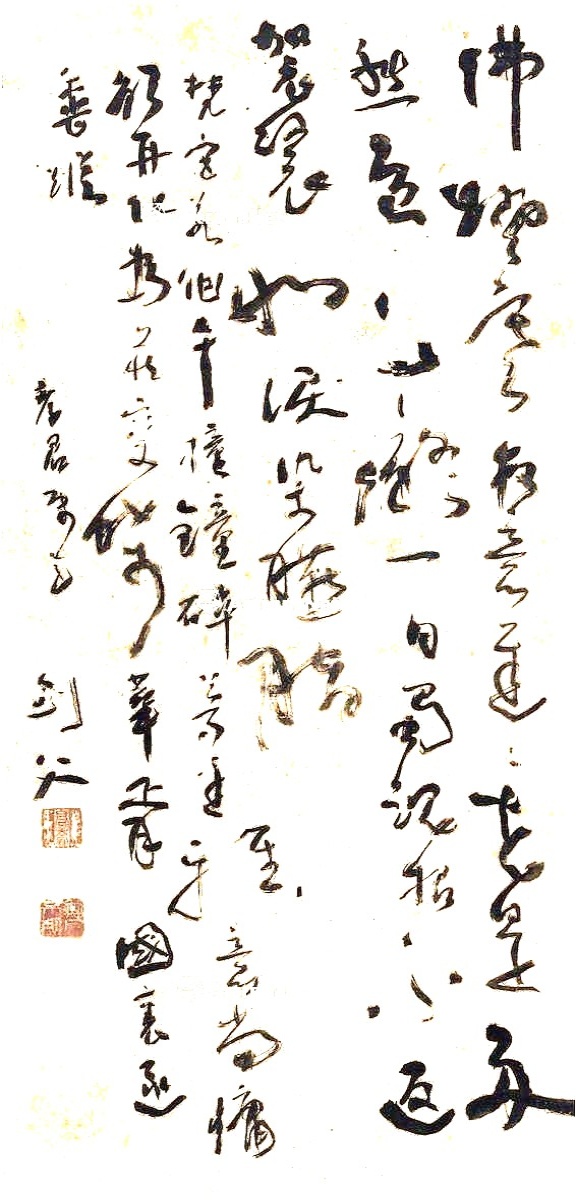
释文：佛灯寒夜意迟迟，花是多愁鸟自痴。一日蜀魂招不返，袈裟和泪染臙脂。梵宫若作午撞钟，碎梦爱雅意尙慵。愿再化为庄变蝶，华胥国里逐香纵。孝君属正，剑父。